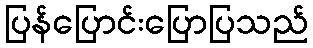
ပြန်ပြောင်းပြောပြသည်